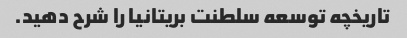
تاریخچه توسعه سلطنت بریتانیا را شرح دهید.